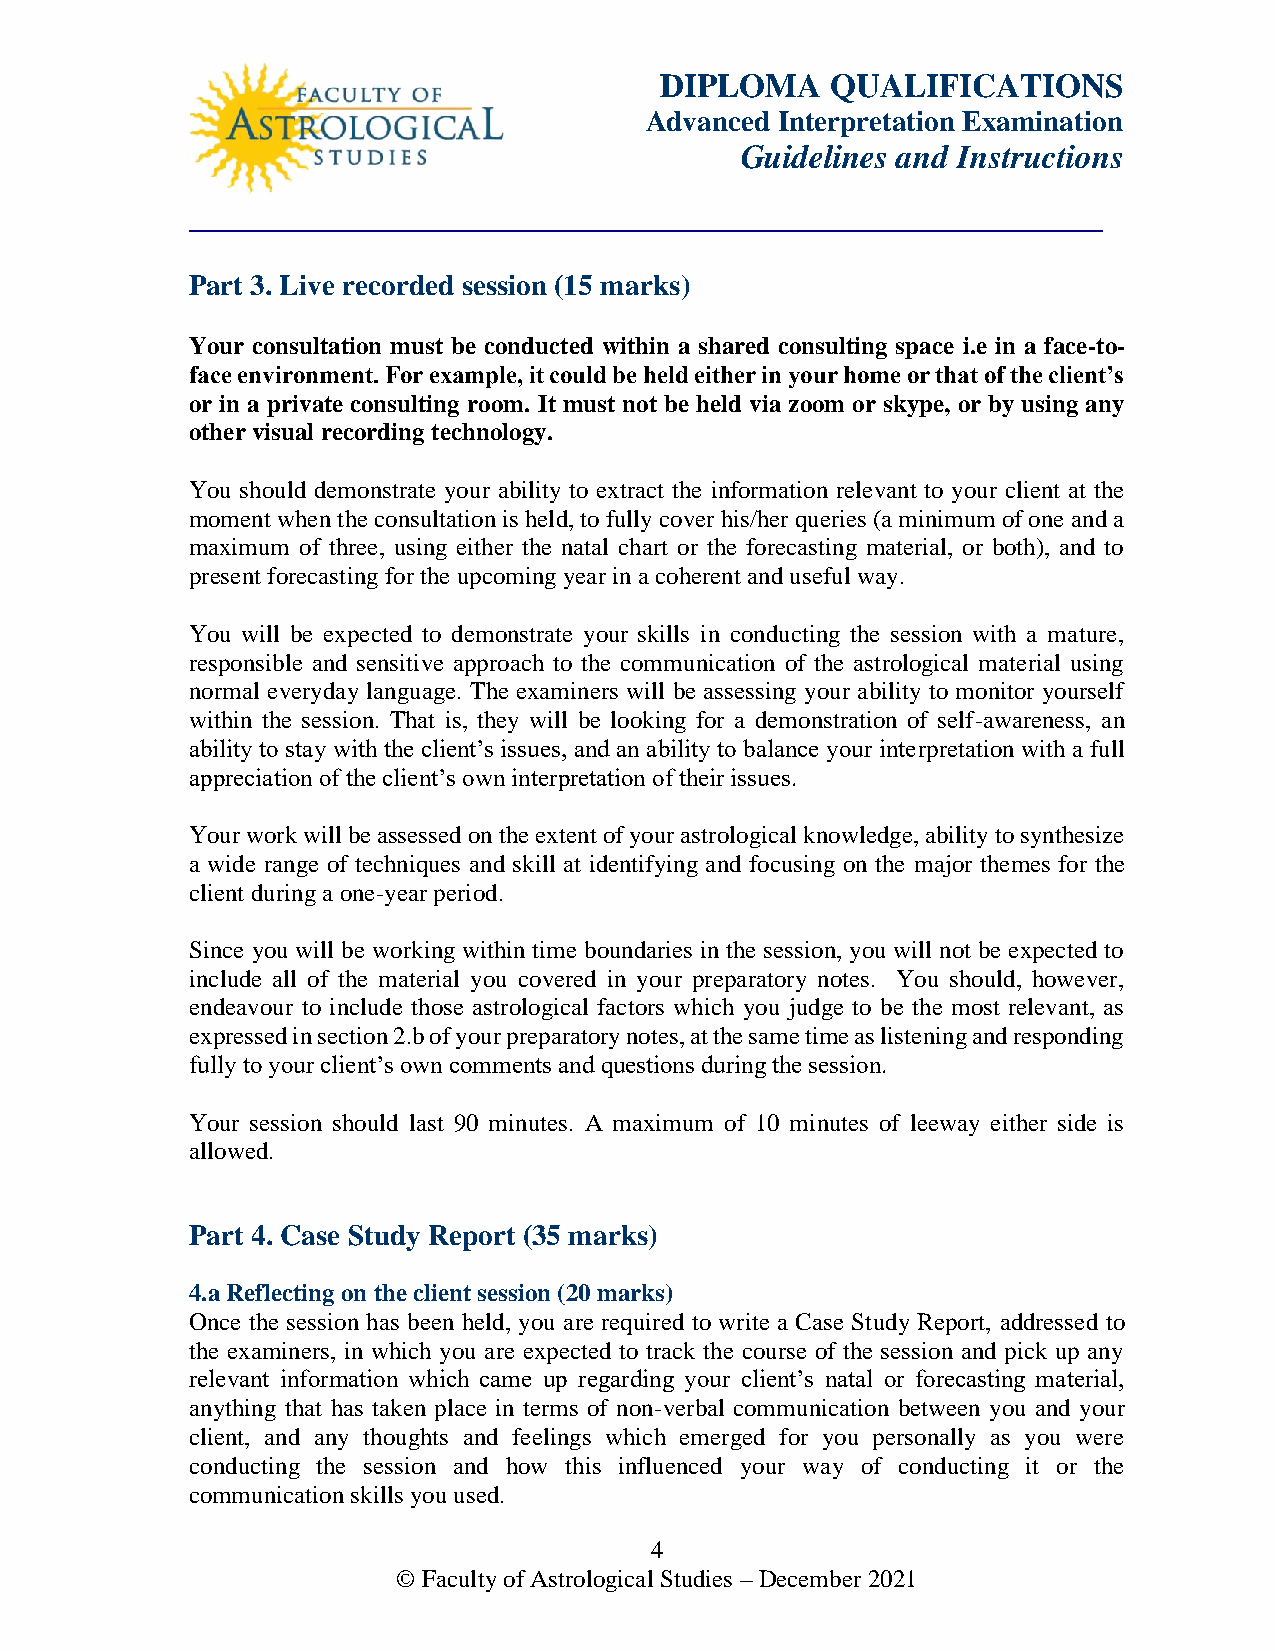
DIPLOMA    QUALIFICATIONS
 Advanced Interpretation Examination
 Guidelines and Instructions
 _______________________________________
 Part 3. Live recorded session (15 marks)
 CALCULATION:          Paper
 Your consultation must be conducted within a shared consulting space i.e in a face-to-
 CC1
 face environment. For example, it could be held either in your home or that of the client’s
 or in a private consulting room. It must not be held via zoom or skype, or by using any
 other visual recording technology.
 You should demonstrate your ability to extract the information relevant to your client at the
 moment when the consultation is held, to fully cover his/her queries (a minimum of one and a
 maximum of three, using either the natal chart or the forecasting material, or both), and to
 present forecasting for the upcoming year in a coherent and useful way.
 You will be expected to demonstrate your skills in conducting the session with a mature,
 responsible and sensitive approach to the communication of the astrological material using
 normal everyday language. The examiners will be assessing your ability to monitor yourself
 within the session. That is, they will be looking for a demonstration of self-awareness, an
 ability to stay with the client’s issues, and an ability to balance your interpretation with a full
 appreciation of the client’s own interpretation of their issues.
 Your work will be assessed on the extent of your astrological knowledge, ability to synthesize
 a wide range of techniques and skill at identifying and focusing on the major themes for the
 client during a one-year period.
 Since you will be working within time boundaries in the session, you will not be expected to
 include all of the material you covered in your preparatory notes. You should, however,
 endeavour to include those astrological factors which you judge to be the most relevant, as
 expressed in section 2.b of your preparatory notes, at the same time as listening and responding
 fully to your client’s own comments and questions during the session.
 Your session should last 90 minutes. A maximum of 10 minutes of leeway either side is
 allowed.
 Part 4. Case Study Report (35 marks)
 4.a Reflecting on the client session (20 marks)
 Once the session has been held, you are required to write a Case Study Report, addressed to
 the examiners, in which you are expected to track the course of the session and pick up any
 relevant information which came up regarding your client’s natal or forecasting material,
 anything that has taken place in terms of non-verbal communication between you and your
 client, and any thoughts and feelings which emerged for you personally as you were
 conducting the session and how this influenced your way of conducting it or the
 communication skills you used.
 4
 © Faculty of Astrological Studies – December 2021